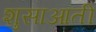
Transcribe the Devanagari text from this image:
शुसाआती